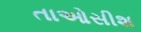
તાઓસીશ